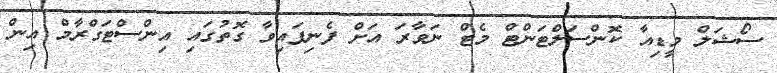
ސޯޝަލް މީޑިއާ ކޮންސަލްޓަންޓް މެޓް ނަވާރަ އަށް ފެނިފައިވާ ގޮތުގައި އިންސްޓަގްރާމް އިން